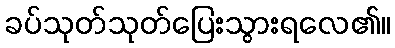
ခပ်သုတ်သုတ်ပြေးသွားရလေ၏။